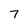
Character: 7